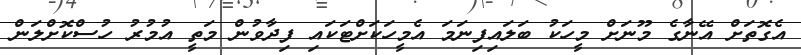
އެގޮތަށް އޭނާގެ މޫނަށް މީހަކު ބަލައިފިނަމަ އެމީހަކަށްޓަކައި ފިދާވުން މަތީ އުމުރު ހުސްކޮށްލަން